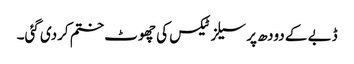
ڈبے کے دودھ پر سیلز ٹیکس کی چھوٹ ختم کردی گئی۔